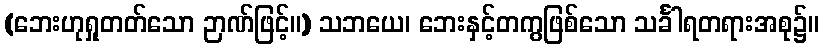
(ဘေးဟုရှုတတ်သော ဉာဏ်ဖြင့်။) သဘယေ၊ ဘေးနှင့်တကွဖြစ်သော သင်္ခါရတရားအစု၌။